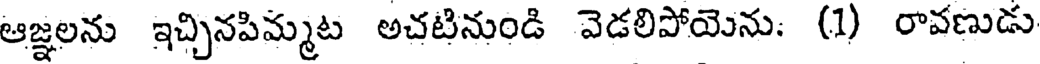
ఆజ్ఞలను ఇచ్చినపిమ్మట అచటినుండి వెడలిపోయెను: (1) రావణుడు